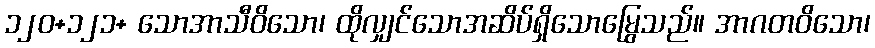
၁၂၀+၁၂၁+ သောအာသီဝိသော၊ ထိုလျှင်သောအဆိပ်ရှိသောမြွေသည်။ အာဂတဝိသော၊